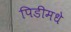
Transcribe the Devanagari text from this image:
पिडीमधे